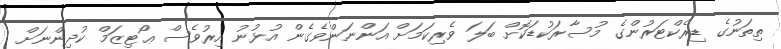
ތިތަނުގެ ޑިރެކްޓަރުންގެ މުސާރަކުޑަކޮށް ބަލަ ވެރިކަމަށް އަންނަންވެގެން އުޅުނު އިރުވެސް ޢޯޓިޒަމް ކުދިންނަށް